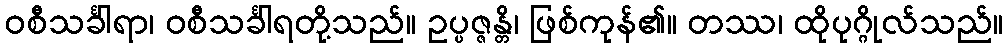
ဝစီသင်္ခါရာ၊ ဝစီသင်္ခါရတို့သည်။ ဥပ္ပဇ္ဇန္တိ၊ ဖြစ်ကုန်၏။ တဿ၊ ထိုပုဂ္ဂိုလ်သည်။